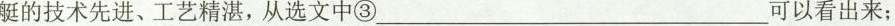
艇的技术先进、工艺精湛，从选文中③___可以看出来；